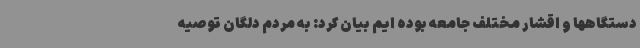
دستگاهها و اقشار مختلف جامعه بوده ایم بیان کرد: به مردم دلگان توصیه